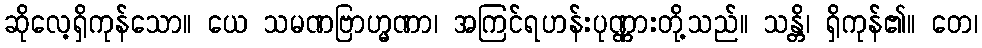
ဆိုလေ့ရှိကုန်သော။ ယေ သမဏဗြာဟ္မဏာ၊ အကြင်ရဟန်းပုဏ္ဏားတို့သည်။ သန္တိ၊ ရှိကုန်၏။ တေ၊